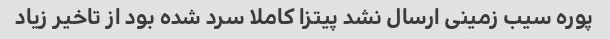
پوره سیب زمینی ارسال نشد پیتزا کاملا سرد شده بود از تاخیر زیاد